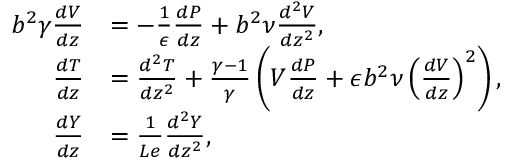
\begin{array} { r l } { b ^ { 2 } \gamma \frac { d V } { d z } } & { = - \frac { 1 } { \epsilon } \frac { d P } { d z } + b ^ { 2 } \nu \frac { d ^ { 2 } V } { d z ^ { 2 } } , } \\ { \frac { d T } { d z } } & { = \frac { d ^ { 2 } T } { d z ^ { 2 } } + \frac { \gamma - 1 } { \gamma } \left( V \frac { d P } { d z } + \epsilon b ^ { 2 } \nu \left( \frac { d V } { d z } \right) ^ { 2 } \right) , } \\ { \frac { d Y } { d z } } & { = \frac { 1 } { L e } \frac { d ^ { 2 } Y } { d z ^ { 2 } } , } \end{array}